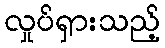
လှုပ်ရှားသည့်